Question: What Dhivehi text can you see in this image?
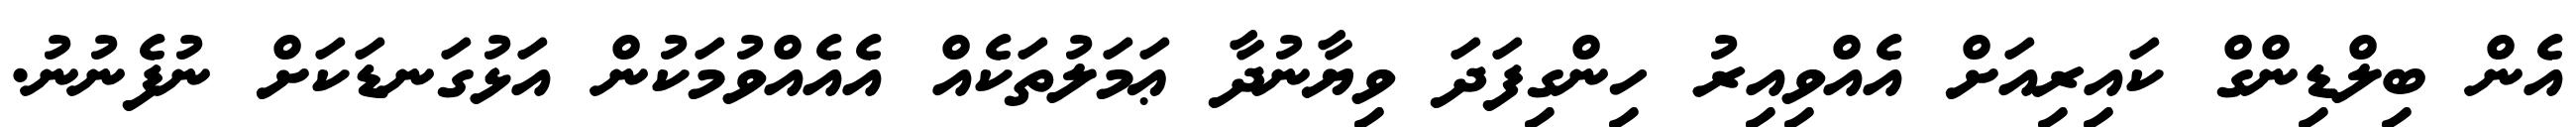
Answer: އެން ބިލްޑިންގް ކައިރިއަށް އެއްވިއިރު ހިންގިފަދަ ވިޔާނުދާ ޢަމަލުތަކެއް އެއެއްވުމަކުން އަޅުގަނޑަކަށް ނުފެނުނު.